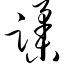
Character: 蹂